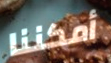
أمكننا